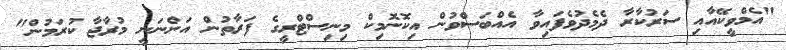
"އެމްވީކޭއާއި ސަރުކާރާ ދެމެދުވެފައިވާ އެއްބަސްވުން އިކޮނޮމިކް މިނިސްޓްރީގެ ފަރާތުން އަންނަނީ މުރާޖާ ކުރަމުން"